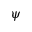
\psi